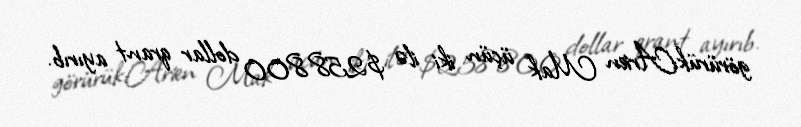
görürük:Arien Mak üçün iki ilə $258.800 dollar qrant ayırıb.